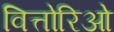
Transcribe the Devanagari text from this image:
वित्तोरिओ